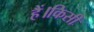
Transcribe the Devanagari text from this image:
हैं।किसी